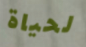
لحياة